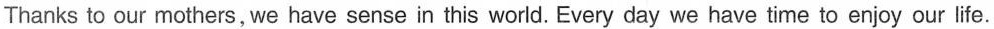
Thanks to our mothers,we have sense in this world.Every day we have time to enjoy our life.